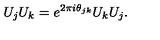
U _ { j } U _ { k } = e ^ { 2 \pi i \theta _ { j k } } U _ { k } U _ { j } .